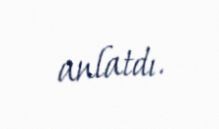
anlatdı.